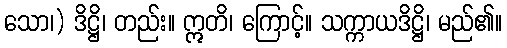
သော၊) ဒိဋ္ဌိ၊ တည်း။ ဣတိ၊ ကြောင့်။ သက္ကာယဒိဋ္ဌိ၊ မည်၏။